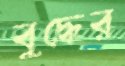
বুদ্ধের